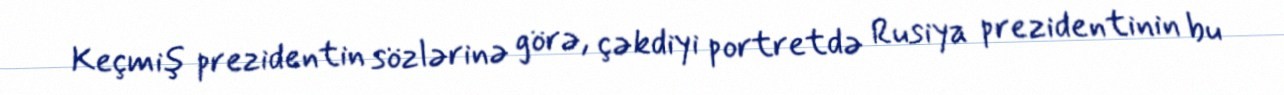
Keçmiş prezidentin sözlərinə görə, çəkdiyi portretdə Rusiya prezidentinin bu